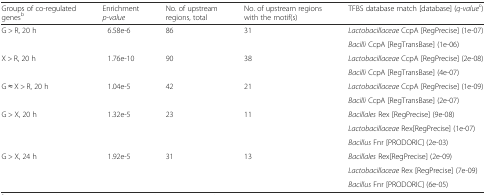
| Groups of co-regulated genesb | Enrichment p-value | No. of upstream regions, total | No. of upstream regions with the motif(s) | TFBS database match [database] (q-valuec) |
 | --- | --- | --- | --- | --- |
 | <ROWSPAN=2> G > R, 20 h | <ROWSPAN=2> 6.58e-6 | <ROWSPAN=2> 86 | <ROWSPAN=2> 31 | Lactobacillaceae CcpA [RegPrecise] (1e-07) |
 | Bacilli CcpA [RegTransBase] (1e-06) |
 | <ROWSPAN=2> X > R, 20 h | <ROWSPAN=2> 1.76e-10 | <ROWSPAN=2> 90 | <ROWSPAN=2> 38 | Lactobacillaceae CcpA [RegPrecise] (2e-08) |
 | Bacilli CcpA [RegTransBase] (4e-07) |
 | <ROWSPAN=2> G ≈ X > R, 20 h | <ROWSPAN=2> 1.04e-5 | <ROWSPAN=2> 42 | <ROWSPAN=2> 21 | Lactobacillaceae CcpA [RegPrecise] (1e-09) |
 | Bacilli CcpA [RegTransBase] (2e-07) |
 | <ROWSPAN=3> G > X, 20 h | <ROWSPAN=3> 1.32e-5 | <ROWSPAN=3> 23 | <ROWSPAN=3> 11 | Bacillales Rex [RegPrecise] (9e-08) |
 | Lactobacillaceae Rex[RegPrecise] (1e-07) |
 | Bacillus Fnr [PRODORIC] (2e-03) |
 | <ROWSPAN=3> G > X, 24 h | <ROWSPAN=3> 1.92e-5 | <ROWSPAN=3> 31 | <ROWSPAN=3> 13 | Bacillales Rex[RegPrecise] (2e-09) |
 | Lactobacillaceae Rex [RegPrecise] (7e-09) |
 | Bacillus Fnr [PRODORIC] (6e-05) |